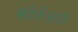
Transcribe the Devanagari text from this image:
कोर्नेअल